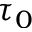
\tau _ { 0 }